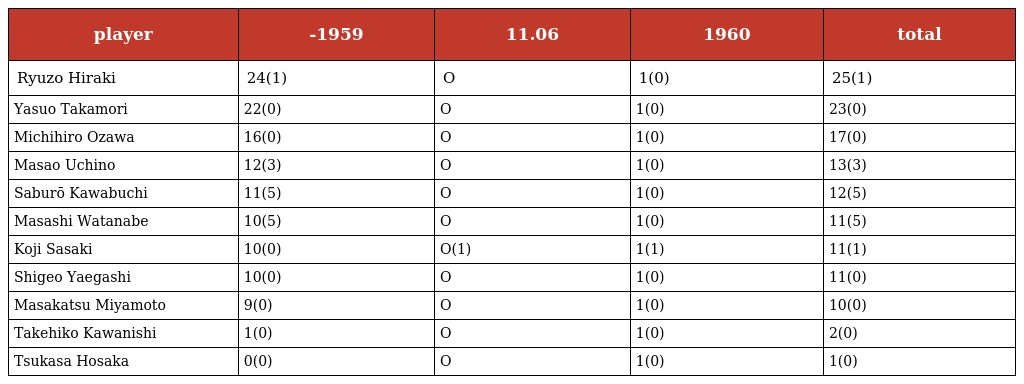
| player | -1959 | 11.06 | 1960 | total |
 | --- | --- | --- | --- | --- |
 | Ryuzo Hiraki | 24(1) | O | 1(0) | 25(1) |
 | Yasuo Takamori | 22(0) | O | 1(0) | 23(0) |
 | Michihiro Ozawa | 16(0) | O | 1(0) | 17(0) |
 | Masao Uchino | 12(3) | O | 1(0) | 13(3) |
 | Saburō Kawabuchi | 11(5) | O | 1(0) | 12(5) |
 | Masashi Watanabe | 10(5) | O | 1(0) | 11(5) |
 | Koji Sasaki | 10(0) | O(1) | 1(1) | 11(1) |
 | Shigeo Yaegashi | 10(0) | O | 1(0) | 11(0) |
 | Masakatsu Miyamoto | 9(0) | O | 1(0) | 10(0) |
 | Takehiko Kawanishi | 1(0) | O | 1(0) | 2(0) |
 | Tsukasa Hosaka | 0(0) | O | 1(0) | 1(0) |